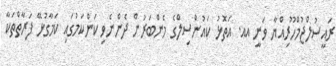
ރައީސުލްޖުމްހޫރިއްޔާ ވަނީ އއ. އަތޮޅު ކައުންސިލްގެ މެންބަރުން ދެންނެވި ކަންކަމުގައި ކަމާގުޅޭ ފަރާތްތަކާ